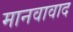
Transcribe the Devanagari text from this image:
मानवावाद